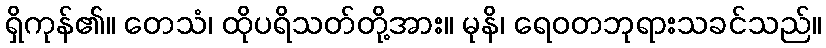
ရှိကုန်၏။ တေသံ၊ ထိုပရိသတ်တို့အား။ မုနိ၊ ရေဝတဘုရားသခင်သည်။